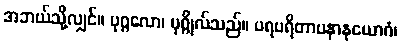
အဘယ်သို့လျှင်။ ပုဂ္ဂလော၊ ပုဂ္ဂိုလ်သည်။ ပရပရိတာပနာနုယောဂံ၊